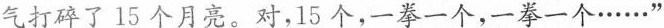
气打碎了15个月亮。对，15个，一拳一个，一拳一个……”